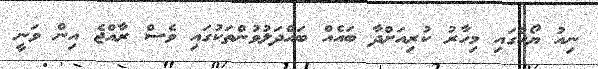
ނިއު ޔޯކްގައި މިހާރު ކުރިއަށްދާ ބައެއް ބައްދަލުވުންތަކުގައި ވެސް ރާއްޖެ އިން ވަނީ